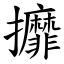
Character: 攠